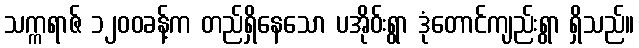
သက္ကရာဇ် ၁၂၀၀ခန့်က တည်ရှိနေသော ပအိုဝ်းရွာ ဒုံတောင်ကျည်းရွာ ရှိသည်။